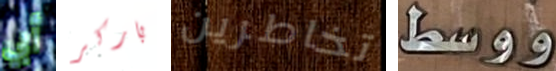
أبي باركر تخاطرين ووسط